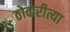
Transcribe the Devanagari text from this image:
ठोकरीत्या